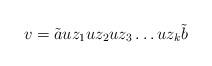
LaTeX: \begin{align*} v=\tilde{a}u z_1 u z_2 u z_3\dots u z_k \tilde{b} \end{align*}